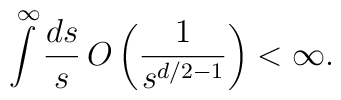
\int\limits^{\infty }\frac{ds}{s}\,    O\left( \frac{1}{s^{d/2-1}}\right)    <\infty .